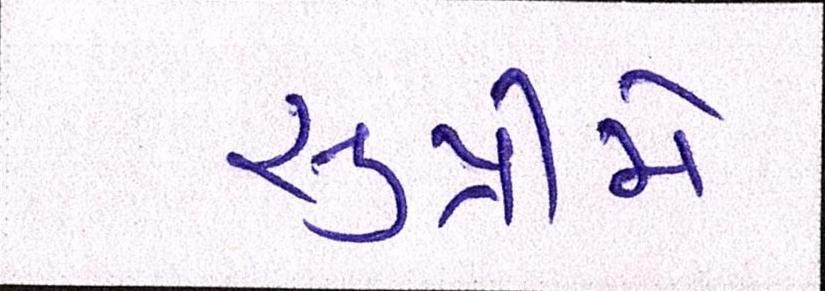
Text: સુપ્રીમે